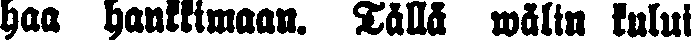
haa hankkimaan. Tällä wälin kului